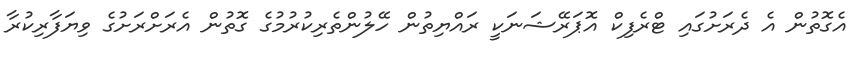
އެގޮތުން އެ ދެރަށުގައި ޓްރެފިކް އޮޕަރޭޝަނަކީ ރައްޔިތުން ހޭލުންތެރިކުރުމުގެ ގޮތުން އެރަށްރަށުގެ ވިޔަފާރިކުރާ